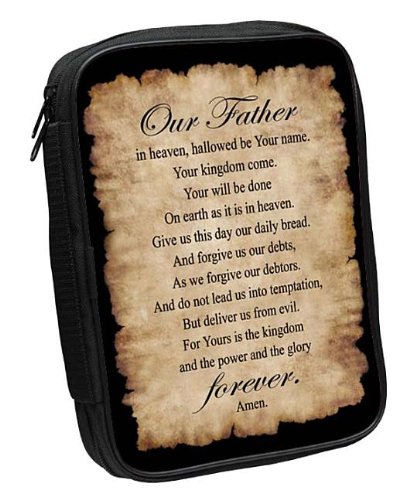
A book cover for Lord's Prayer Fabric Large Black Bible Cover; Christian Books & Bibles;